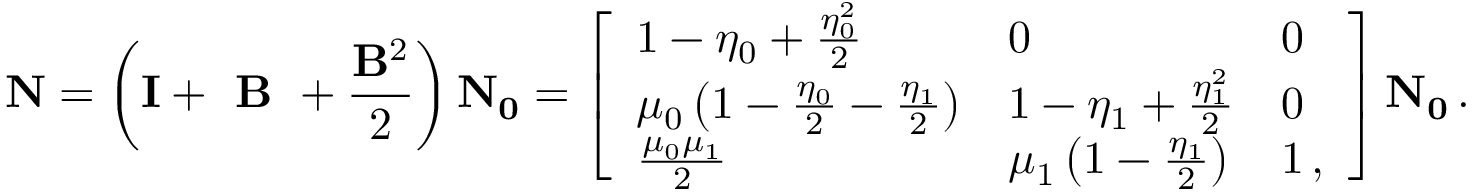
\mathbf { N } = \left( \mathbf { I } + \textbf { B } + \frac { \mathbf { B } ^ { 2 } } { 2 } \right) \mathbf { N _ { 0 } } = \left[ \begin{array} { l l l } { 1 - \eta _ { 0 } + \frac { \eta _ { 0 } ^ { 2 } } { 2 } } & { 0 } & { 0 } \\ { \mu _ { 0 } \left( 1 - \frac { \eta _ { 0 } } { 2 } - \frac { \eta _ { 1 } } { 2 } \right) } & { 1 - \eta _ { 1 } + \frac { \eta _ { 1 } ^ { 2 } } { 2 } } & { 0 } \\ { \frac { \mu _ { 0 } \mu _ { 1 } } { 2 } } & { \mu _ { 1 } \left( 1 - \frac { \eta _ { 1 } } { 2 } \right) } & { 1 \, , } \end{array} \right] \mathbf { N _ { 0 } } \, .